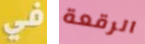
في الرقعة